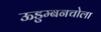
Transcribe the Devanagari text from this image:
ऊडुम्बनचोला